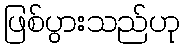
ဖြစ်ပွားသည်ဟု